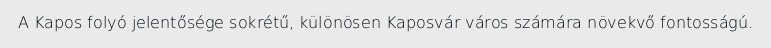
A Kapos folyó jelentősége sokrétű, különösen Kaposvár város számára növekvő fontosságú.